Trukikaitis_Postimees, lk 75
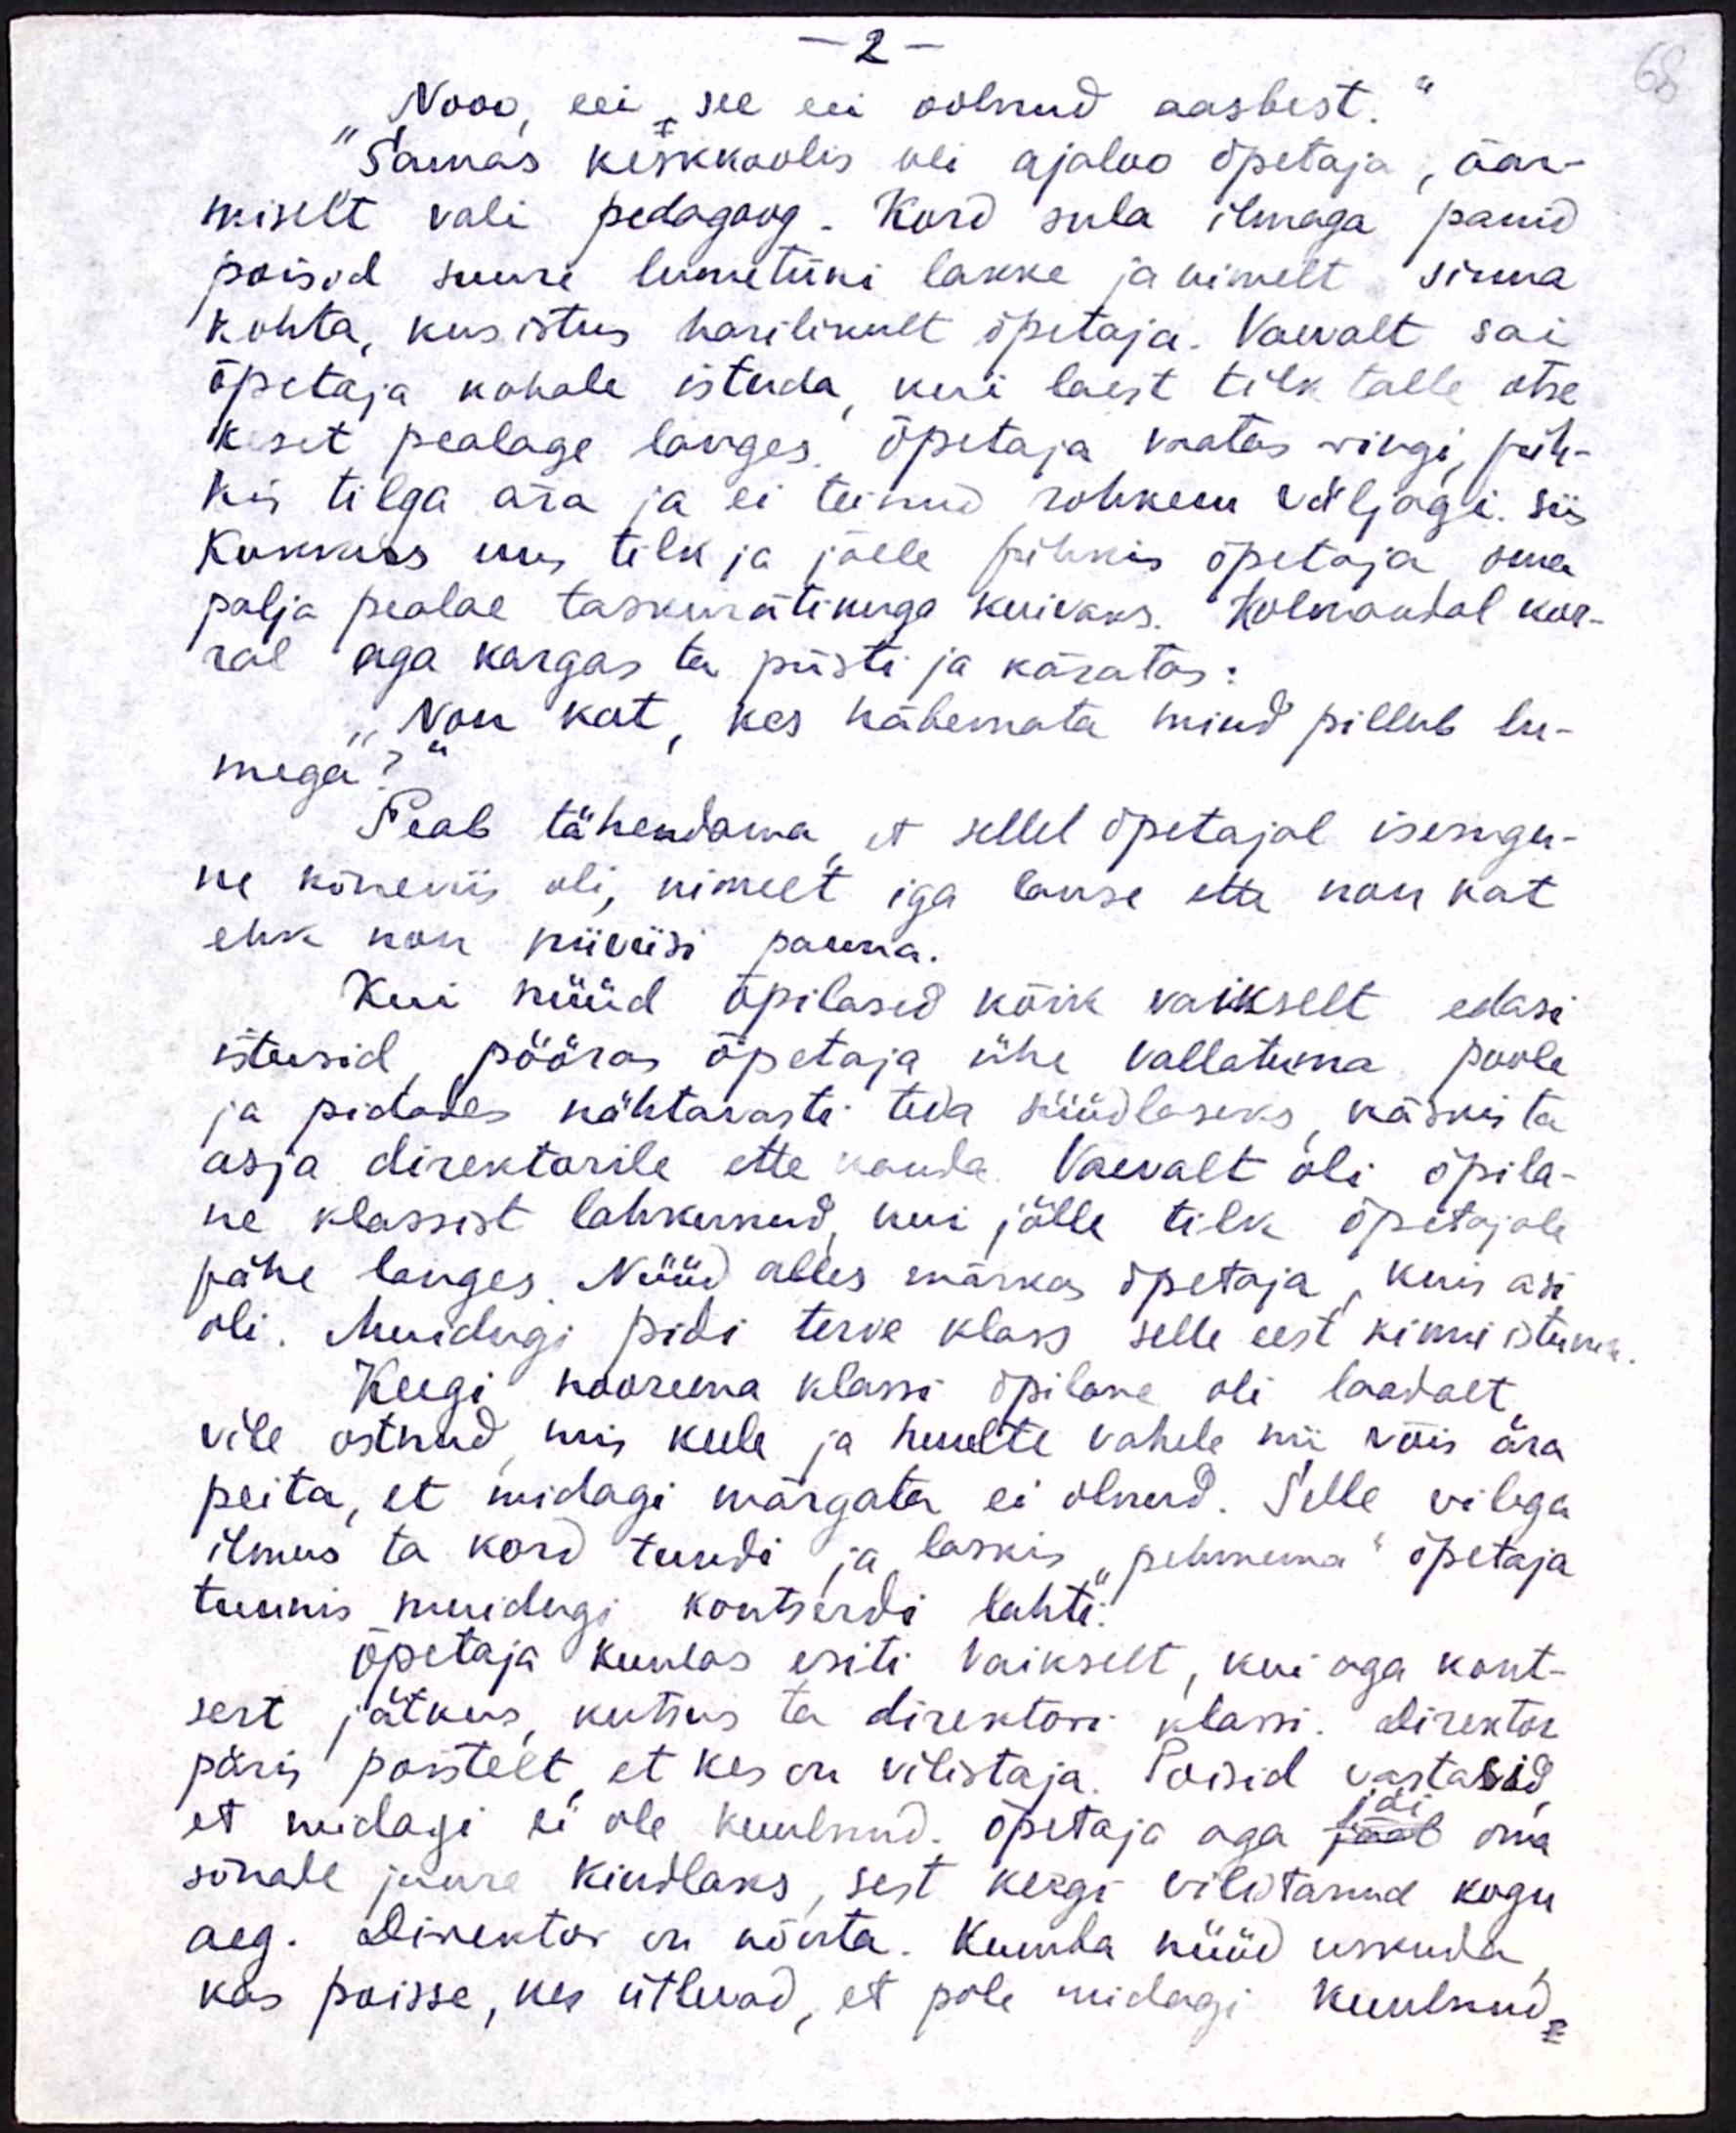
68

- 2 -
Nooo, eei, see eei oolnud aasbest."
Samas keskkoolis oli ajaloo õpetaja, äär-
miselt vali pedagoog. Kord sula ilmaga panid
poisid suure lumetüki lakke ja nimelt sinna
kohta, kus istus harilikult õpetaja. Vaevalt sai
õpetaja kohale istuda, kui laest tilk talle otse
keset pealage langes, õpetaja vaatas ringi, püh-
kis tilga ära ja ei teinud rohkem väljagi. Siis
kukkuks uus tilk ja jälle pühkis õpetaja oma
palja pealae taskurätikuga kuivaks. Kolmandal kor-
ral aga kargas ta püsti ja käratas:
"Non kat, kes näbemata mind pillub lu-
mega?
Peab tähendama, et sellel õpetajal isesugu-
ne kõneviis oli, nimelt iga lause ette non kat
ehk non niiviisi panna.
Kui nüüd õpilased kõik vaikselt edasi
istusid, pööras õpetaja ühe vallatuma poole
ja pidades nähtavasti teda süüdlaseks käskis ta
asja direktorile ette kanda. Vaevalt oli õpila-
ne klassist lahkunud, kui jälle tilk õpetajale
pähe langes. Nüüd alles märkas õpetaja, kuis asi
oli. Muidugi pidi terve klass selle eest kinni istuma.
Keegi noorema klassi õpilane oli laadalt
vile ostnud, mis keele ja huulte vahele nii võis ära
peita, et midagi märgata ei olnud. Selle vilega
ilmus ta kord tundi ja laskis "pehmema" õpetaja
tunnis muidugi kontserdi lahti.
Õpetaja kuulas eriti valkselt, kui aga kont-
sert jätkus, kutsus ta direktori klassi. Direktor
päris poistelt, et kes on vilistaja. Poisid vastasid
et midagi ei ole kuulnud. Õpetaja aga jääb oma
jäi
sõnale juure kindlaks, sest keegi vilistanud kogu
aeg. Direktor on nõuta. Kumba nüüd uskuda
kas poisse, kes ütlevad, et pole midagi kuulnud,